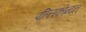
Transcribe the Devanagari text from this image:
पल्लिकोन्दन्